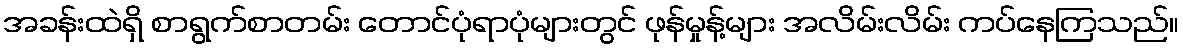
အခန်းထဲရှိ စာရွက်စာတမ်း တောင်ပုံရာပုံများတွင် ဖုန်မှုန့်များ အလိမ်းလိမ်း ကပ်နေကြသည်။